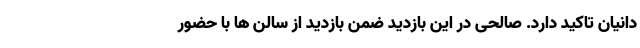
دانیان تاکید دارد. صالحی در این بازدید ضمن بازدید از سالن ها با حضور